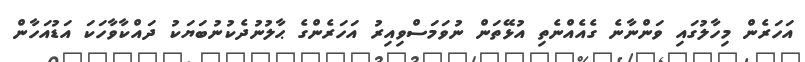
އަހަރެން މިހާލުގައި ވަންނާނެ ގެއެއްނެތި އުޅޭތަން ނުވަމަސްވިއިރު އަހަރެންގެ ޙާލުނުދެކުނުބަޔަކު ދައްކާވާހަކަ އަޑުއަހާން